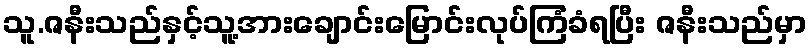
သူ.ဇနီးသည်နှင့်သူ့အားချောင်းမြောင်းလုပ်ကြံခံရပြီး ဇနီးသည်မှာ